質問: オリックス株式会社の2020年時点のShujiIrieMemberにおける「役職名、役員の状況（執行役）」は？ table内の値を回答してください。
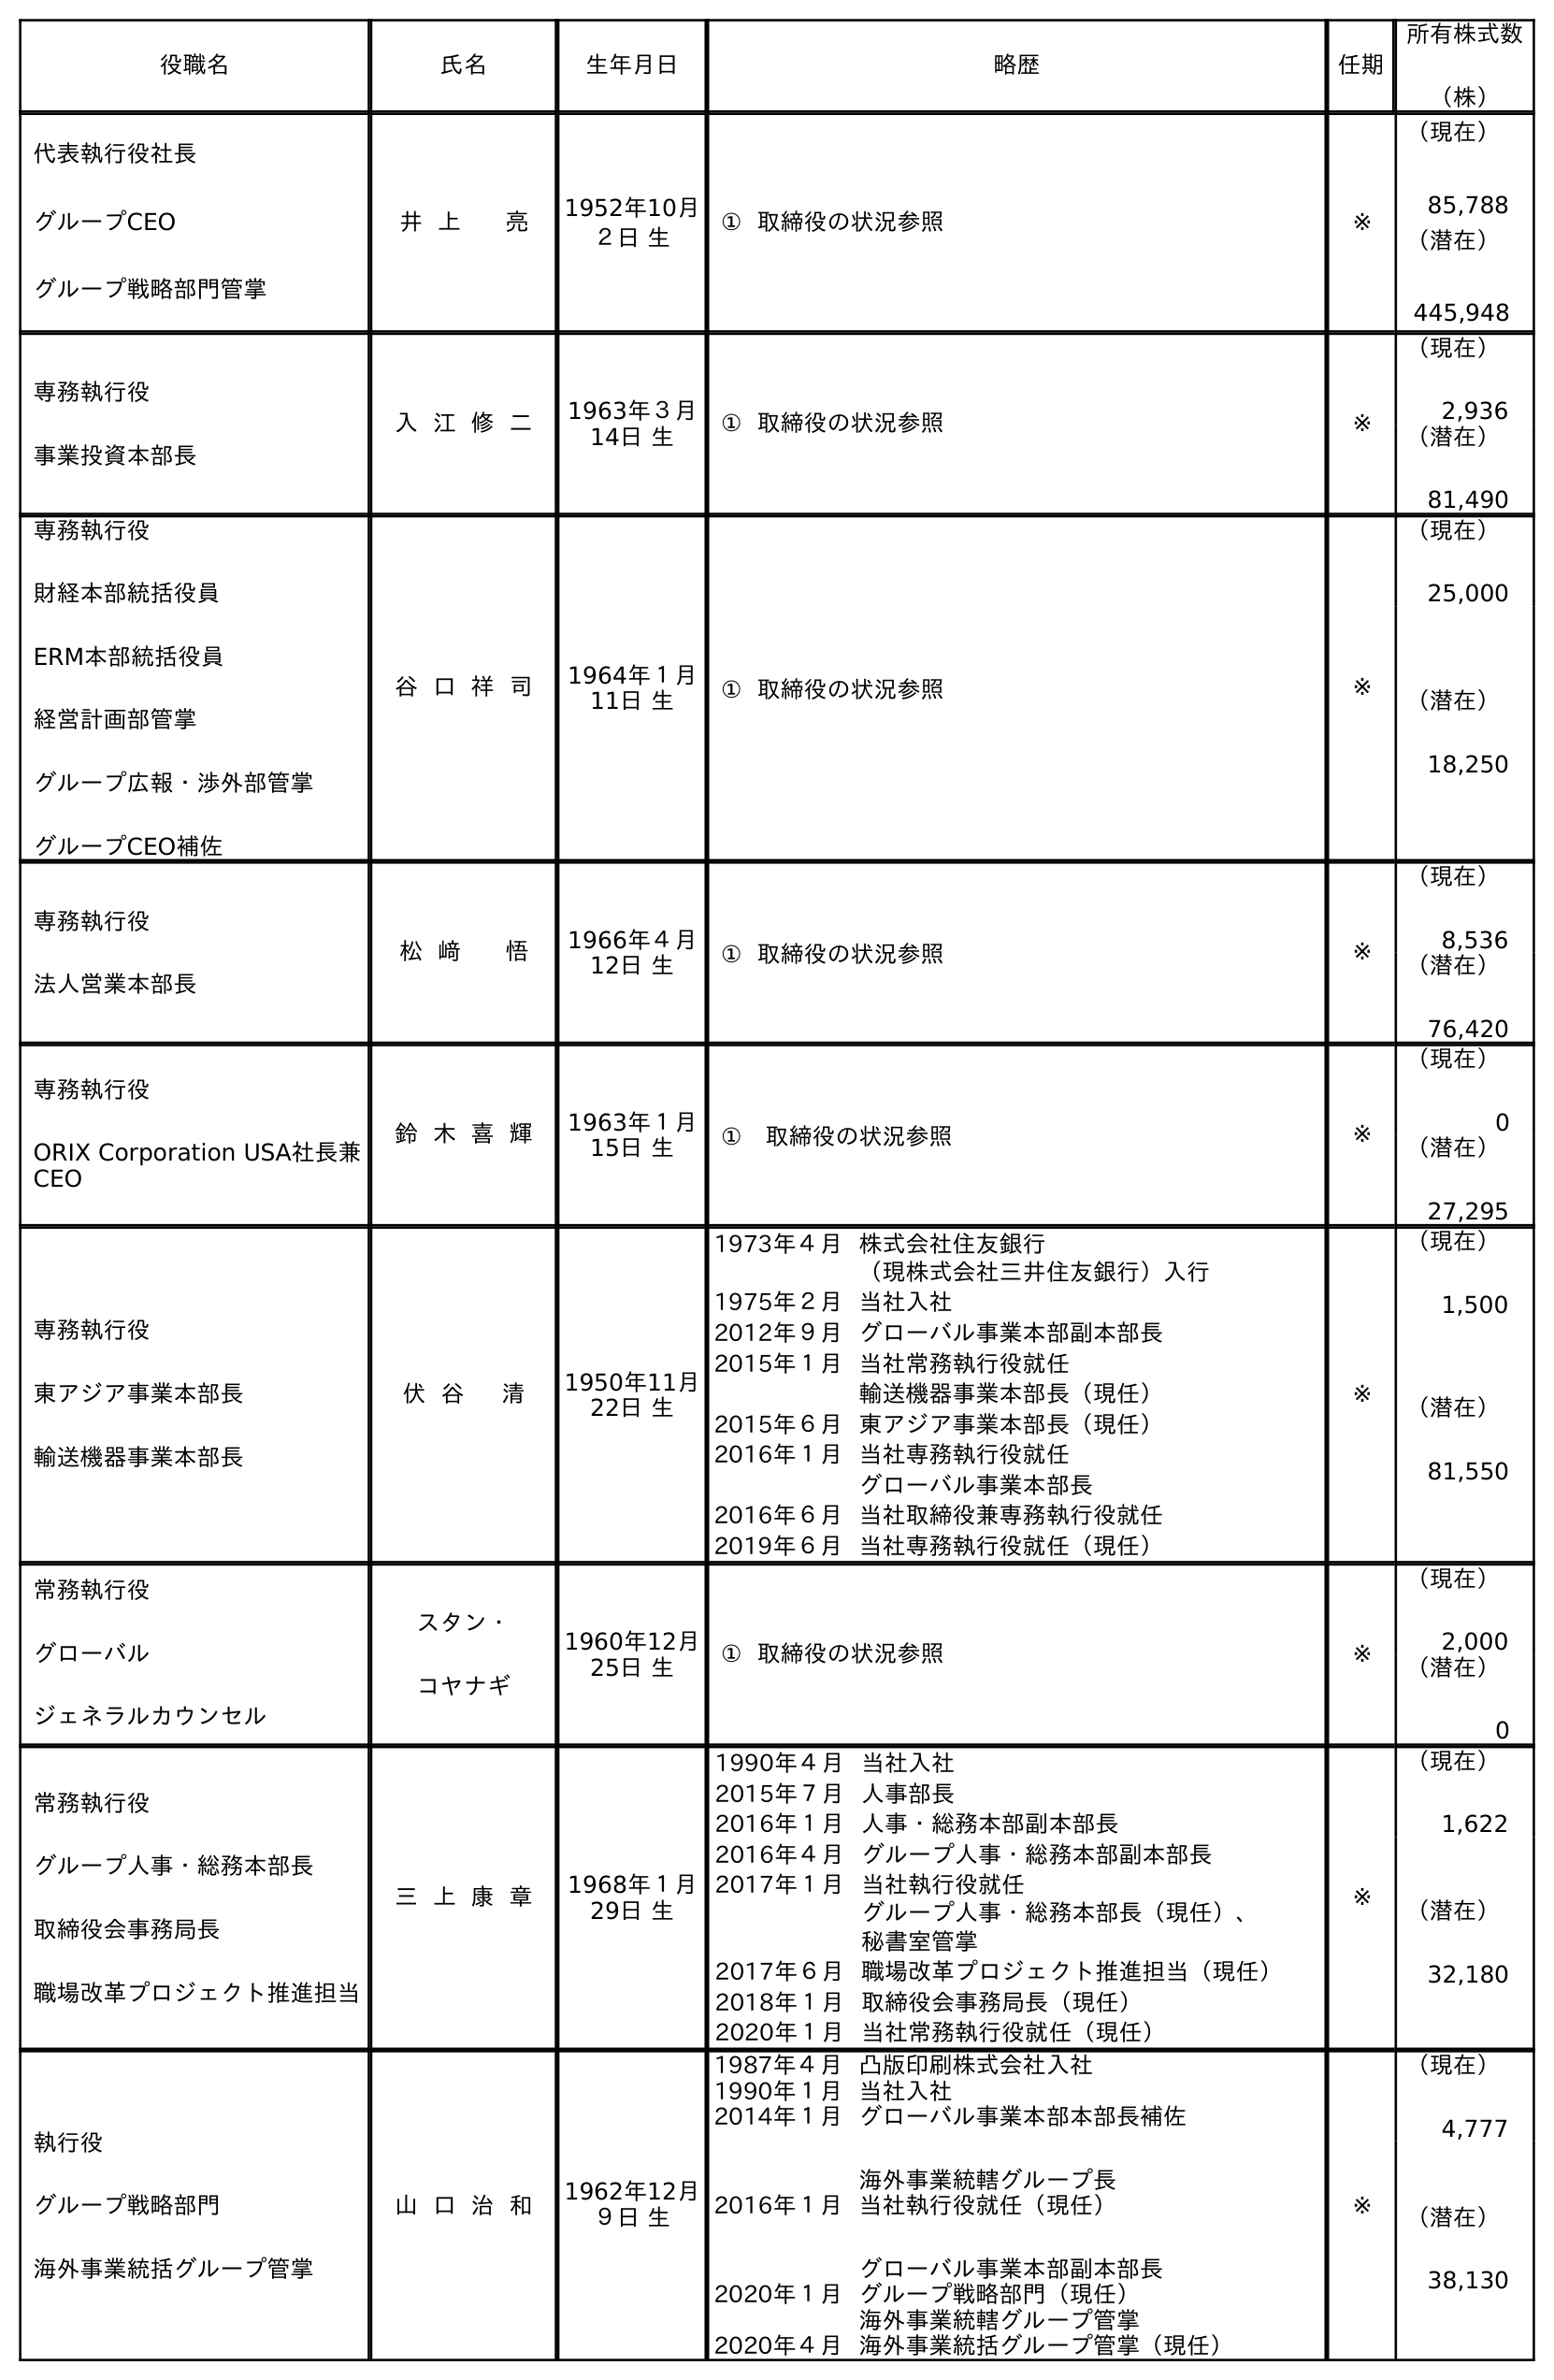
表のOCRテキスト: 役職名 氏名 生年月日 略歴 任期 所有株式数 （株） 代表執行役社長 グループCEO グループ戦略部門管掌 井 上 亮 1952年10月 ２日 生 ① 取締役の状況参照 ※ （現在） 85,788 （潜在） 445,948 専務執行役 事業投資本部長 入 江 修 二 1963年３月 14日 生 ① 取締役の状況参照 ※ （現在） 2,936 （潜在） 81,490 専務執行役 財経本部統括役員 ERM本部統括役員 経営計画部管掌 グループ広報・渉外部管掌 グループCEO補佐 谷 口 祥 司 1964年１月 11日 生 ① 取締役の状況参照 ※ （現在） 25,000 （潜在） 18,250 専務執行役 法人営業本部長 松 﨑 悟 1966年４月 12日 生 ① 取締役の状況参照 ※ （現在） 8,536 （潜在） 76,420 専務執行役 ORIX Corporation USA社長兼 CEO 鈴 木 喜 輝 1963年１月 15日 生 ① 取締役の状況参照 ※ （現在） 0 （潜在） 27,295 専務執行役 東アジア事業本部長 輸送機器事業本部長 伏 谷 清 1950年11月 22日 生 1973年４月株式会社住友銀行 （現株式会社三井住友銀行）入行 1975年２月当社入社 2012年９月グローバル事業本部副本部長 2015年１月当社常務執行役就任 輸送機器事業本部長（現任） 2015年６月東アジア事業本部長（現任） 2016年１月当社専務執行役就任 グローバル事業本部長 2016年６月当社取締役兼専務執行役就任 2019年６月当社専務執行役就任（現任） ※ （現在） 1,500 （潜在） 81,550 常務執行役 グローバル ジェネラルカウンセル スタン・ コヤナギ 1960年12月 25日 生 ① 取締役の状況参照 ※ （現在） 2,000 （潜在） 0 常務執行役 グループ人事・総務本部長 取締役会事務局長 職場改革プロジェクト推進担当 三 上 康 章 1968年１月 29日 生 1990年４月当社入社 2015年７月人事部長 2016年１月人事・総務本部副本部長 2016年４月グループ人事・総務本部副本部長 2017年１月当社執行役就任 グループ人事・総務本部長（現任）、 秘書室管掌 2017年６月職場改革プロジェクト推進担当（現任） 2018年１月取締役会事務局長（現任） 2020年１月当社常務執行役就任（現任） ※ （現在） 1,622 （潜在） 32,180 執行役 グループ戦略部門 海外事業統括グループ管掌 山 口 治 和 1962年12月 ９日 生 1987年４月凸版印刷株式会社入社 1990年１月当社入社 2014年１月グローバル事業本部本部長補佐 海外事業統轄グループ長 2016年１月当社執行役就任（現任） グローバル事業本部副本部長 2020年１月グループ戦略部門（現任） 海外事業統轄グループ管掌 2020年４月海外事業統括グループ管掌（現任） ※ （現在） 4,777 （潜在） 38,130
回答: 専務執行役事業投資本部長